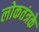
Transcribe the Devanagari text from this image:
लोकतंत्रके